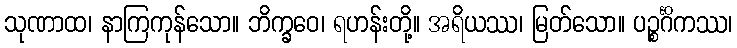
သုဏာထ၊ နာကြကုန်သော။ ဘိက္ခဝေ၊ ရဟန်းတို့။ အရိယဿ၊ မြတ်သော။ ပဉ္စင်္ဂိကဿ၊